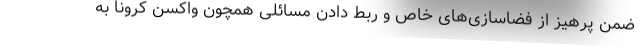
ضمن پرهیز از فضاسازی‌های خاص و ربط دادن مسائلی همچون واکسن کرونا به